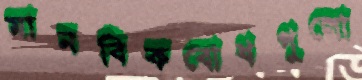
মানবিকবোধগুলো